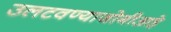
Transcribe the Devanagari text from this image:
उलटवण्याजोगीआहे